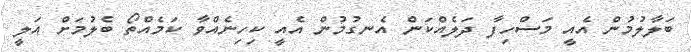
ބަލާލުމުން އެއީ މަސްހިފާ ދަލެއްކަން އެނގުމުން އެއީ ކިހިނެއްވާ ކަމެއްތޯ ބެލުމަށް އަލީ